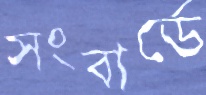
সংবার্ডে